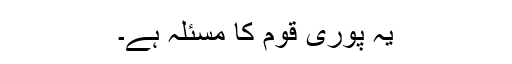
یہ پوری قوم کا مسئلہ ہے۔